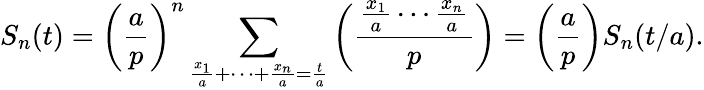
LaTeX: S_{n}(t)=\left({\frac{a}{p}}\right)^{n}\sum_{{\frac{x_{1}}{a}}+\cdots+{\frac{x_{n}}{a}}={\frac{t}{a}}}\left({\frac{{\frac{x_{1}}{a}}\cdots{\frac{x_{n}}{a}}}{p}}\right)=\left({\frac{a}{p}}\right)S_{n}(t/a).